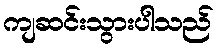
ကျဆင်းသွားပါသည်